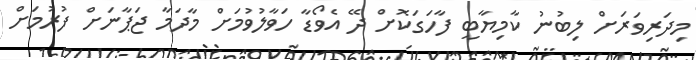
މިދަރިވަރަށް ލިބުނު ކާމިޔާބީ ފާހަގަކޮށް ދޭ އެވޯޑާ ހަވާލުވުމަށް މާދަމާ ޖަޕާނަށް ފުރުމަށް